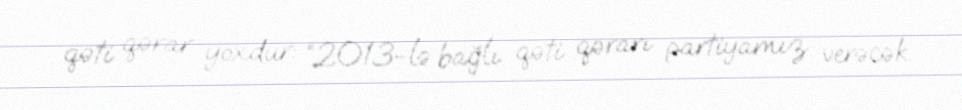
qəti qərar yoxdur: “2013-lə bağlı qəti qərarı partiyamız verəcək.